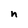
Character: n